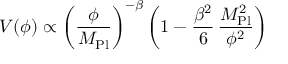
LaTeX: V ( \phi ) \propto \left( \frac { \phi } { M _ { \mathrm { P l } } } \right) ^ { - \beta } \left( 1 - \frac { \beta ^ { 2 } } { 6 } \, \frac { M _ { \mathrm { P l } } ^ { 2 } } { \phi ^ { 2 } } \right)